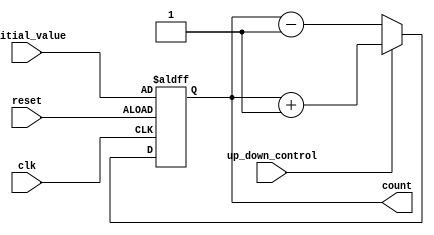
module up_down_counter (
    input clk,
    input reset,
    input up_down_control,
    input [3:0] initial_value,
    output reg [3:0] count
);

reg [1:0] state;
reg [1:0] next_state;

always @(posedge clk or posedge reset) begin
    if (reset) begin
        state <= 2'b00;
        count <= initial_value;
    end else begin
        state <= next_state;
        count <= (up_down_control) ? count + 1 : count - 1;
    end
end

always @* begin
    case (state)
        2'b00: next_state = up_down_control ? 2'b01 : 2'b11;
        2'b01: next_state = up_down_control ? 2'b10 : 2'b00;
        2'b10: next_state = up_down_control ? 2'b11 : 2'b01;
        2'b11: next_state = up_down_control ? 2'b00 : 2'b10;
        default: next_state = 2'b00;
    endcase
end

endmodule